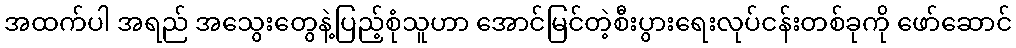
အထက်ပါ အရည် အသွေးတွေနဲ့ပြည့်စုံသူဟာ အောင်မြင်တဲ့စီးပွားရေးလုပ်ငန်းတစ်ခုကို ဖော်ဆောင်